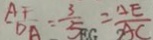
\frac { A F } { D A } = \frac { 3 } { 5 } = \frac { D E } { A C }